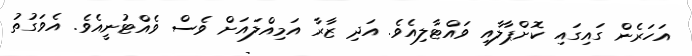
އަހަރެން ގައިގައި ކޮށްޕާލާއި ވައްޓާލިއެވެ. އަދި ޒާރާ އަމިއްލައަށް ވެސް ވެއްޓުނީއެވެ. އެވަގުތު